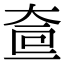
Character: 𡘟